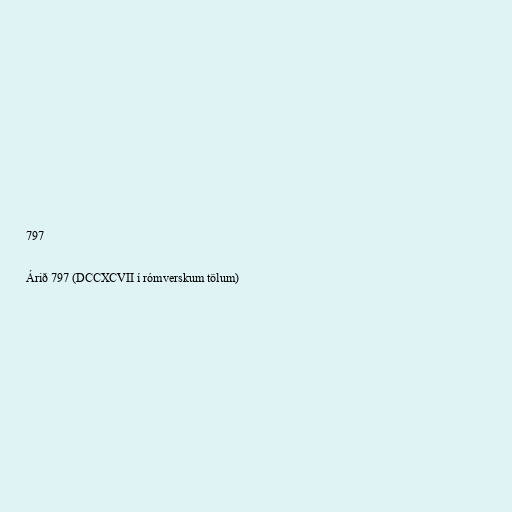
797

Árið 797 (DCCXCVII í rómverskum tölum)